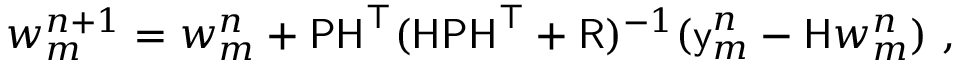
w _ { m } ^ { n + 1 } = w _ { m } ^ { n } + \mathsf { P H } ^ { \top } ( \mathsf { H P H } ^ { \top } + \mathsf { R } ) ^ { - 1 } ( \mathsf { y } _ { m } ^ { n } - \mathsf { H } w _ { m } ^ { n } ) \mathrm { ~ , ~ }